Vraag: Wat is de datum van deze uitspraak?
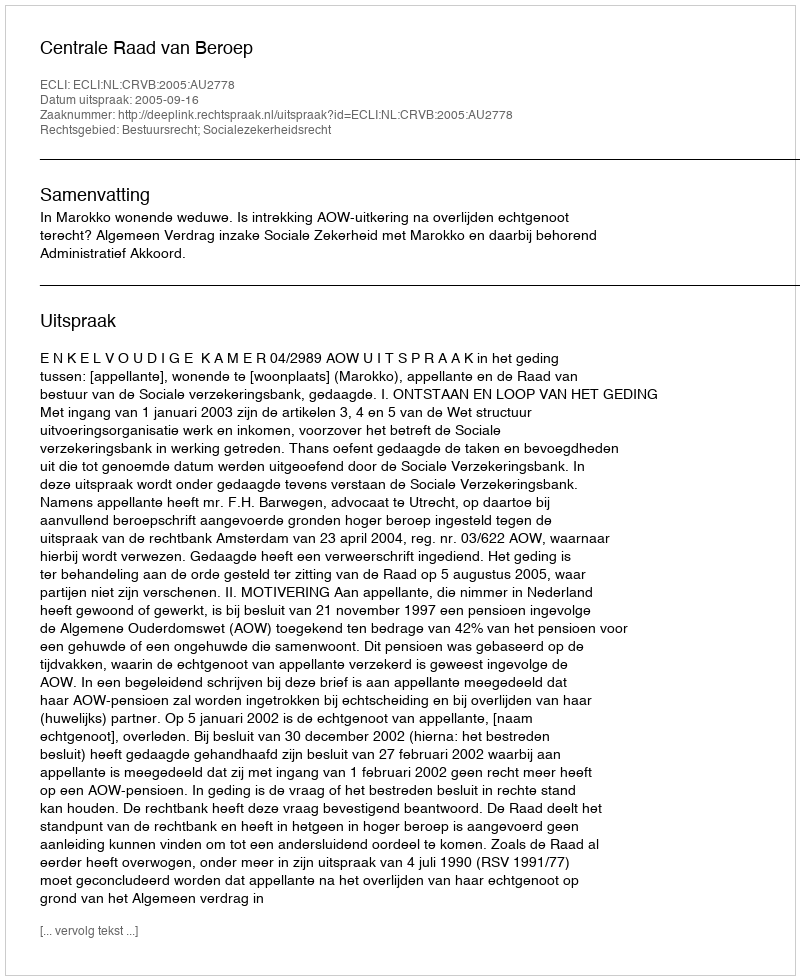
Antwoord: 2005-09-16